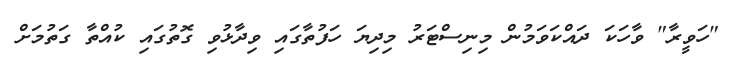
"ހަވީރާ" ވާހަކަ ދައްކަވަމުން މިނިސްޓަރު މިދިޔަ ހަފުތާގައި ވިދާޅުވި ގޮތުގައި ކުއްތާ ގަތުމަށް